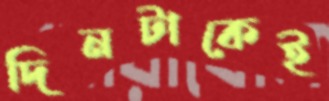
দিনটাকেই